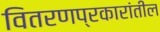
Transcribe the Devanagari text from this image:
वितरणप्रकारांतील